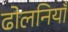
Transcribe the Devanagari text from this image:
ढोलनियाँ